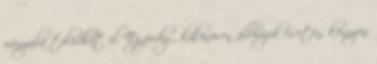
irányába tolódhat el. Ez pedig, különösen állóvizek esetén, könnyen